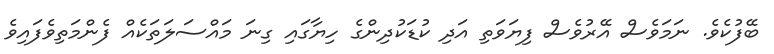
ބޭފުުކެވެ. ނަމަވެސް އޭރުވެސް ފިޔަވަތި އަދި ކުޑަކުދިންގެ ހިޔާގައި ގިނަ މައްސަލަތަކެއް ފެންމަތިވެފައިވެ